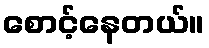
စောင့်နေတယ်။